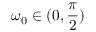
\omega _ { 0 } \in ( 0 , \frac { \pi } { 2 } )